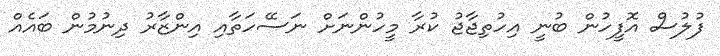
ފުލުސް އޮފީހުން ބުނީ އިހުތިޖާޖު ކުރާ މީހުންނަށް ނަސޭހަތާއި އިންޒާރު ދިނުމުން ބައެއް